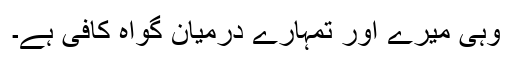
وہی میرے اور تمہارے درمیان گواہ کافی ہے۔